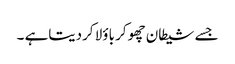
جسے شیطان چھوکر باؤلا کردیتاہے ۔